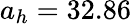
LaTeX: a_{h}=32.86